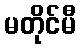
မတိုင်မီ